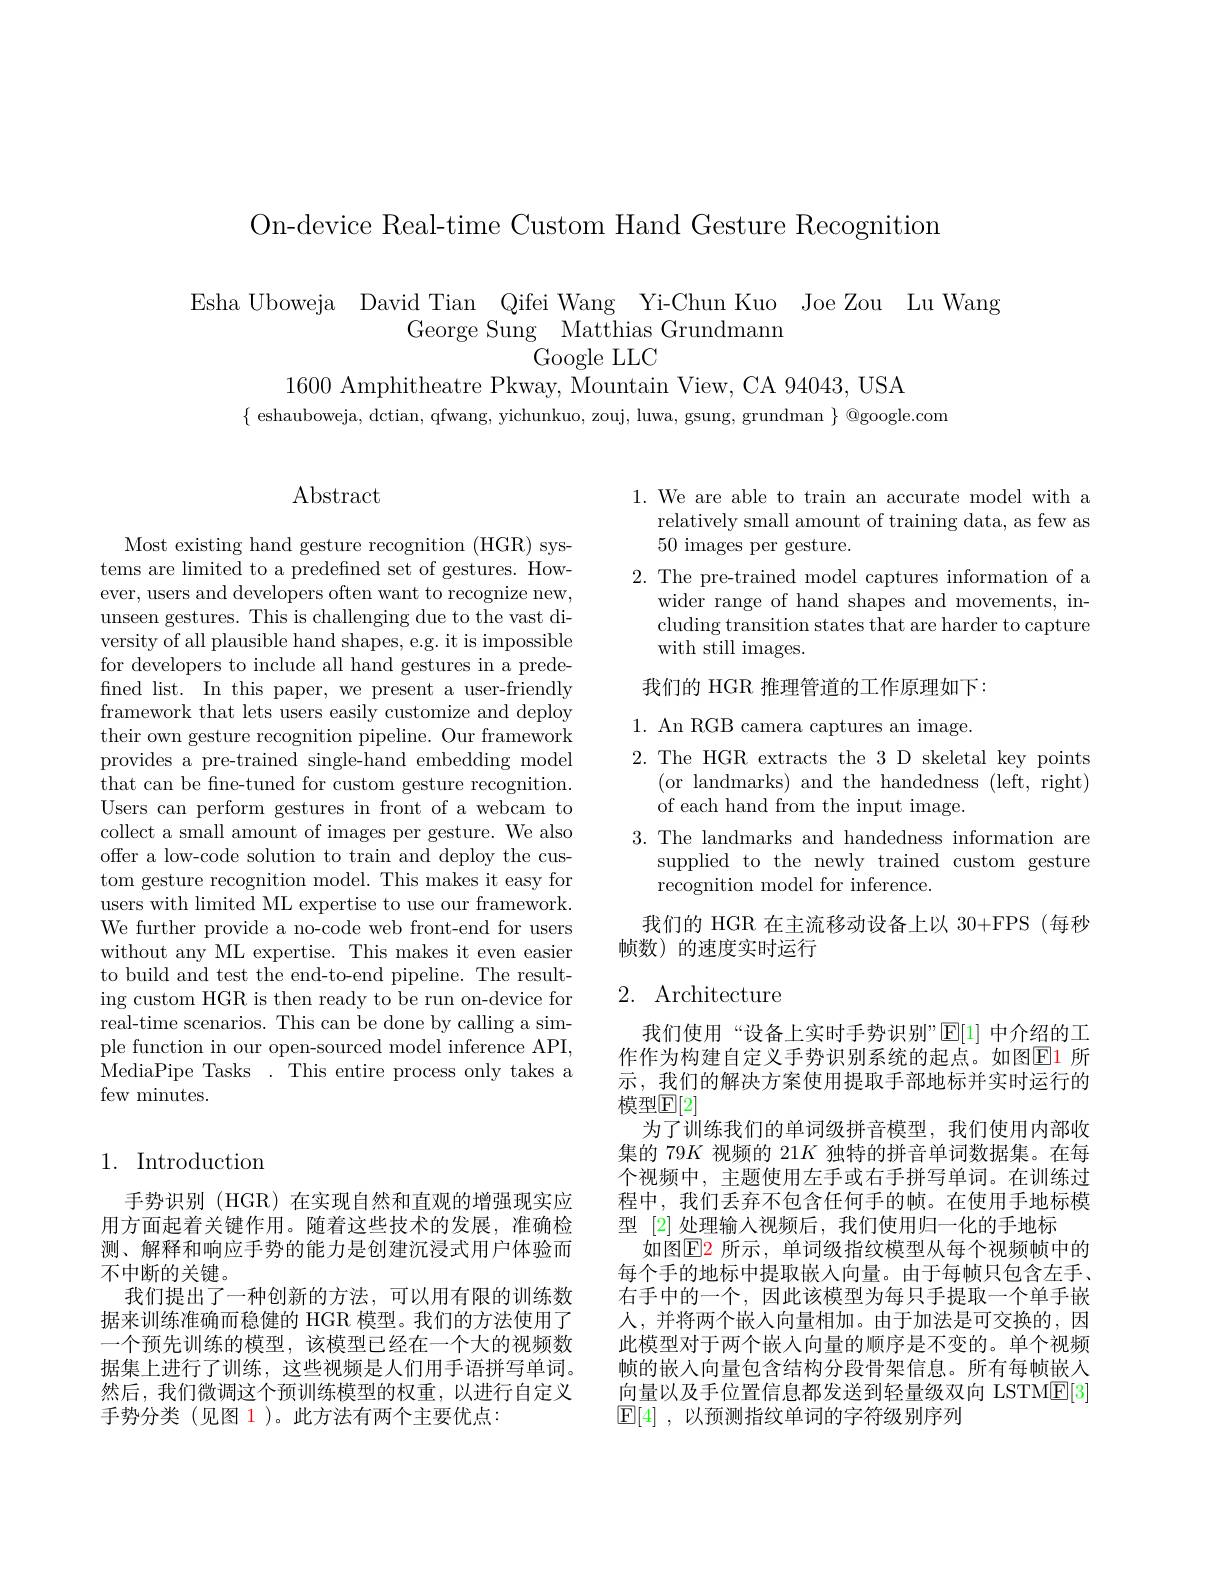
On-device Real-time Custom Hand Gesture Recognition

$\begin{array}{cc}{\mathrm{Esha~Uboweja~David~Tian~Qifei~Wang~Yi-Chun~Kuo~Joe~Zou~Lu~Wang}}\\{\mathrm{George~Sung~Matthias~Grundmann}}\\{\mathrm{Google~LLC}}\end{array}$

1600 Amphitheatre Pkway, Mountain View, CA 94043, USA
$\{$ eshauboweja, dctian, qfwang, yichunkuo, zouj, luwa, gsung, grundman $\}$ @google.com

## Abstract

Most existing hand gesture recognition (HGR) systems are limited to a predefined set of gestures. However, users and developers often want to recognize new, unseen gestures. This is challenging due to the vast diversity of all plausible hand shapes, e.g. it is impossible for developers to include all hand gestures in a predefned list. In this paper, we present a user-friendly framework that lets users easily customize and deploy their own gesture recognition pipeline. Our framework provides a pre-trained single-hand embedding model that can be fine-tuned for custom gesture recognition. Users can perform gestures in front of a webcam to collect a small amount of images per gesture. We also offer a low-code solution to train and deploy the custom gesture recognition model. This makes it easy for users with limited ML expertise to use our framework. We further provide a no-code web front-end for users without any ML expertise. This makes it even easier to build and test the end-to-end pipeline. The resulting custom HGR is then ready to be run on-device for real-time scenarios. This can be done by calling a simple function in our open-sourced model inference API, MediaPipe Tasks.This entire process only takes a few minutes.

## 1. Introduction

手势识别 (HGR) 在实现自然和直观的增强现实应用方面起着关键作用。随着这些技术的发展，准确检测、解释和响应手势的能力是创建沉浸式用户体验而不中断的关键。
我们提出了一种创新的方法，可以用有限的训练数据来训练准确而稳健的 HGR 模型。我们的方法使用了一个预先训练的模型，该模型已经在一个大的视频数据集上进行了训练，这些视频是人们用手语拼写单词。然后，我们微调这个预训练模型的权重，以进行自定义手势分类(见图 1)。此方法有两个主要优点：

1. We are able to train an accurate model with a
relatively small amount of training data, as few as
$50{\mathrm{~images~per~gesture.}}$
2. The pre-trained model captures information of a
wider range of hand shapes and movements, including transition states that are harder to capture with still images.

我们的 HGR 推理管道的工作原理如下：

1. An RGB camera captures an image.
2. The HGR extracts the 3 D skeletal key points
(or landmarks) and the handedness (left, right)
of each hand from the input image.
3. The landmarks and handedness information are
supplied to the newly trained custom gesture
recognition model for inference.

我们的 HGR 在主流移动设备上以 30+FPS (每秒
帧数)的速度实时运行

## 2. Architecture

我们使用“设备上实时手势识别”$\operatorname{E}[1]$中介绍的工作作为构建自定义手势识别系统的起点。如图$\color{red}{\boxed{\mathrm{F}}}\color{blue}{1}$ 所示，我们的解决方案使用提取手部地标并实时运行的模型$\mathbb{E}[2]$
为了训练我们的单词级拼音模型，我们使用内部收集的 79$K$视频的 21$K$独特的拼音单词数据集。在每个视频中，主题使用左手或右手拼写单词。在训练过程中，我们丢弃不包含任何手的帧。在使用手地标模型 [2] 处理输入视频后，我们使用归一化的手地标
如图$\operatorname{E2}$ 所示，单词级指纹模型从每个视频帧中的每个手的地标中提取嵌入向量。由于每帧只包含左手、 右手中的一个，因此该模型为每只手提取一个单手嵌人，并将两个嵌入向量相加。由于加法是可交换的，因此模型对于两个嵌入向量的顺序是不变的。单个视频帧的嵌入向量包含结构分段骨架信息。所有每帧嵌入向量以及手位置信息都发送到轻量级双向 LSTME[ 3] $\boxed{\mathrm{E} [ 4] }$ , 以预测指纹单词的字符级别序列